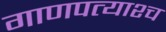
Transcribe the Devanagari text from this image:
गाणपत्याश्च